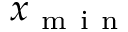
x _ { \mathrm { ~ m ~ i ~ n ~ } }